Vital statistics of India. Vol. IV, Annual returns from 1871 to 1876. British Army of India, Native Army and jails of Bengal
Year: 1871
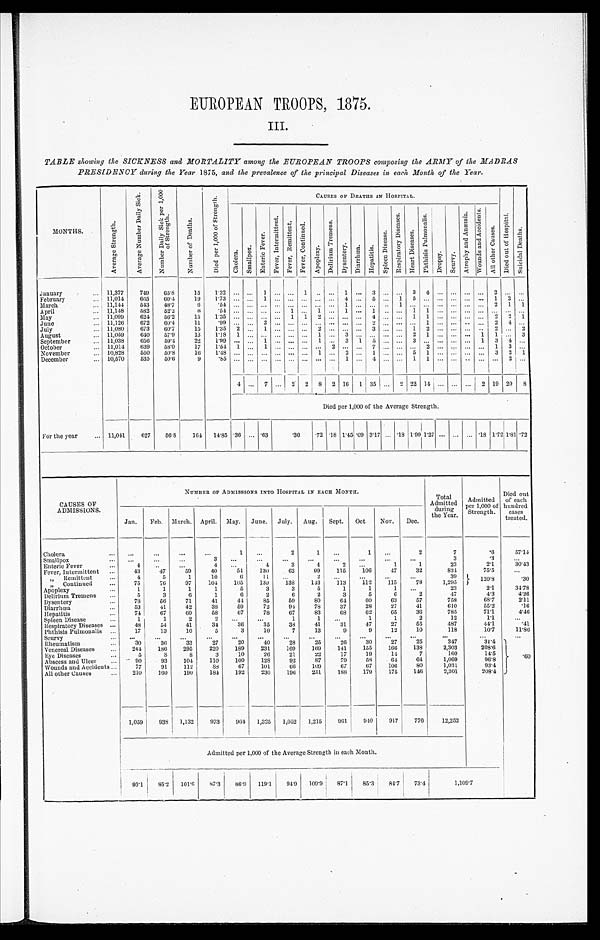
EUROPEAN TROOPS , 1875.
III.
TABLE showing the SICKNESS and MORTALITY among the EUROPEAN TROOPS composing the ARMY of the MADRAS
PRESIDENCY during the Year 1875, and the prevalence of the principal Diseases in each Month of the Year.
MONTHS.
A v e r a g e S t r e n g t h .
A v e r a g e N u m b e r D a i l y S i c k .
N u m b e r D a i l y S i c k p e r 1 , 0 0 0
o f S t r e n g t h .
N u m b e r o f D e a t h s .
D i e d p e r 1 , 0 0 0 o f S t r e n g t h .
CAUSES OF DEATHS IN HOSPITAL.
D i e d o u t o f H o s p i t a l .
S u i c i d a l D e a t h s .
C h o l e r a .
S m a l l p o x .
E n t e r i c F e v e r .
F e v e r , I n t e r m i t t e m t .
F e v e r , R e m i t t e n t F e v e r , c o n t i n u e d .
A p o p l e x y .
D e l i r i u m T r e m e n s .
D y s e n t e r y .
D i a r r h œ a . He p a t i t i s .
S p l e e n D i s e a s e s .
R e s p i r a t o r y D i s e a s e s .
H e a r t D i s e a s e s .
P h t h i s i s P u l m o n a l i s .
D r o p s y . S c u r v y .
A t r o p h y a n d A n æ m i a .
W o u n d s a n d A c c i d e n t s . A l l o t h e r C a u s e s .
January
11,377 749 65.8 15 1.32
1
1
1
3
3
4
2
February
11,014 665 60.4 19 1.73
1
4
5
1 5
1
2
March
11,144 543 48.7
6
. 5 4
1
1
2 1 1
April
11,148 582 52.2
6
. 5 4
1
1
1
1
1 1
May
11,099 624 56.2 15 1.35
1 1 2
4
1 1
2 2 1
June
11,126 672 60.4
11
. 9 9
2
2
1
2
4
July
11,080 673 60.7 15 1.35 2
1
2
3
1 2
2
2
August
11,059 640 57.9
1 3 1.18 1
1 3
2 1
1 1
3
September
11,038 656 59.4
2 2 1.99
1
1 3
1 5
3
1 3
4
October
11,014 639 58.0 17 1.54 1
1
2
7
2
1
3
November
10,828 550 50.8
1 6 1.48
1 2
1
5 1
3
2 1
December
10,570 535 50.6
9 .85
1
4
1 1
2
4
7
2 2 8 2 16 1 35
2 22 14
2 19 20 8
Died per 1,000 of the Average Strength.
For the year
11,041 627 56.8 164 14.85 .36
.63
.36 .72 .18 1.45 .09 3.17 .18 1.99 1.27
.18 1.721.81 .72
CAUSES OF
ADMISSIONS.
NUMBER OF ADMISSIONS INTO HOSPITAL IN EACH MONTH.
Total
Admitted during
the Year.
Admitted
per 1,000 of
Strength.
Died out
of each
hundred cases
treated.
Jan. Feb. March, April. May. June. July. Aug. Sept. Oct Nov. Dec.
Cholera
1
2
1
1
2
7
.6
57. 14
Smallpox
3
3
.3
Enteric Fever
4
4
4
3
4
2
1
1
23
2. 1
30. 43
Fever, Intermittent
43
47
59
40
54 130
6 2 99 115 106
47
32
834
75. 5
" Remittent
4
5
1
10
6
1 1
2
39
120. 8
.30
„ Continued
75
76
97 104 105 139 138 143
113 112 115
78
1,295
Apoplexy
1
1
1
1
5
3
3
5
1
1
1
23
2. 1
3 4 . 7 8
Delirium Tremens
5
3
6
1
6
2
6
2
3
5
6
2
47
4. 3
4. 26
Dysentery
78
56
71
41
41
85
59
80
64
60
63
57
758
68. 7
2. 11
Diarrhœa
53
41
42
38
59
72
94
78
37
28
27
41
610
55. 2
. 1 6
Hepatitis
74
67
60
58
67
78
67
83
68
62
65
36
785
71. 1
4. 46
Spleen Disease
1
1
2
2
1
1
1
1
2
12
1. 1
Respiratory Diseases
48
54
41
34 36
35
38 41
31
47
27
55
487
44. 1
.41
Phthisis Pulmonalis
17
13
10
5
3
10
7
13
9
9
12
10
118
10. 7
11. 86
Scurvy Rheumatism
30
36
33
27
2 0
40
28
25
26
30
27
25
3 4 7
31.4
. 6 0
Venereal Diseases
244 186 295 220 189 231 169 169 141 155 166 138
2,303
208.6
Eye Diseases
5
8
8
3
10
26
21
22
17
19
14
7
160
14. 5
Abscess and Ulcer
90
93 104 110 100 128
92
87
79
58
64 64
1,069
96. 8
Wounds and Accidents
77
91 112
88
67 101
66 109
67
67 106
80
1,031
93. 4
All other Causes
2 1 0
160 190 184 192 230 196 251 188 179 175 146
2,301
208.4
1,059 938 1,132 973 964 1,325 1,052 1,215 961 940
917 776
12,252
Admitted per 1,000 of the Average Strength in each Month.
93.1 85.2 101.6 87.3 86.9 119.1 94.9 109.9 87.1 85.3 84.7 73.4
1 , 1 0 9 . 7